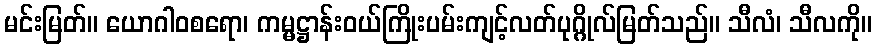
မင်းမြတ်။ ယောဂါဝစရော၊ ကမ္မဋ္ဌာန်းဝယ်ကြိုးပမ်းကျင့်လတ်ပုဂ္ဂိုလ်မြတ်သည်။ သီလံ၊ သီလကို။